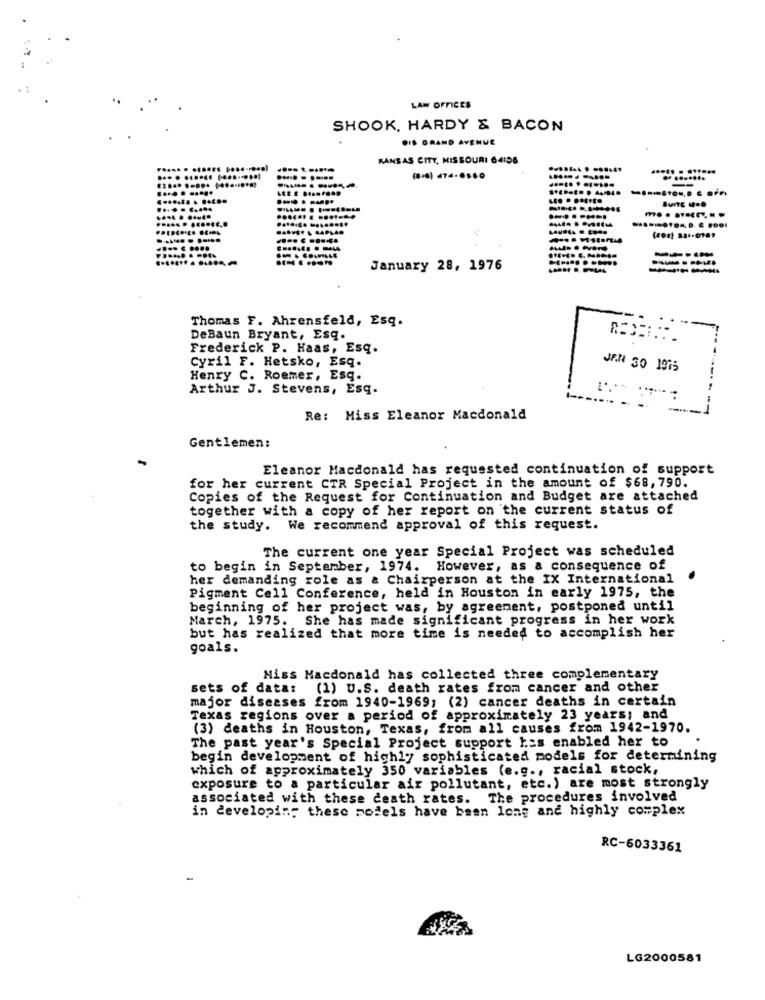
LAW OFFICES
SHOOK, HARDY & BACON
DIS GRAND AVENUE
KANSAS CITY, MISSOURI 64156
..... . ......
(0-0) 474.6.60
.. .......
January 28, 1976
Thomas F. Ahrensfeld, Esq.
DeBaun Bryant, Esq.
Frederick P. Haas, Esq.
Cyril F. Hetsko, Esq.
JAN 30 1975
Henry C. Roemer, Esq.
Arthur J. Stevens, Esq.
Re: Miss Eleanor Macdonald
Gentlemen:
Eleanor Macdonald has requested continuation of support
for her current CTR Special Project in the amount of $68, 790.
Copies of the Request for Continuation and Budget are attached
together with a copy of her report on the current status of
the study. We recommend approval of this request.
The current one year Special Project was scheduled
to begin in September, 1974. However, as a consequence of
her demanding role as & Chairperson at the IX International
Pigment Cell Conference, held in Houston in early 1975, the
beginning of her project was, by agreement, postponed until
March, 1975. She has made significant progress in her work
but has realized that more time is needed to accomplish her
goals.
Miss Macdonald has collected three complementary
sets of data: (1) U.S. death rates from cancer and other
major diseases from 1940-1969; (2) cancer deaths in certain
Texas regions over a period of approximately 23 years; and
(3) deaths in Houston, Texas, from all causes from 1942-1970.
The past year's Special Project support has enabled her to
begin development of highly sophisticated models for determining
which of approximately 350 variables (e.g ., racial stock,
exposure to a particular air pollutant, etc.) are most strongly
associated with these death rates. The procedures involved
in developing these models have been long and highly complex
RC-6033361
LG2000581